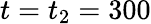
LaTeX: t=t_{2}=300